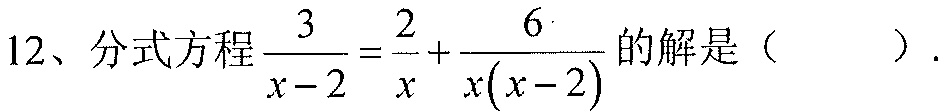
12、分式方程$\frac{3}{x - 2}=\frac{2}{x}+\frac{6}{x(x - 2)}$的解是（  ）.